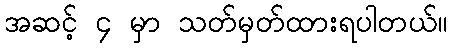
အဆင့် ၄ မှာ သတ်မှတ်ထားရပါတယ်။